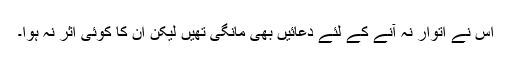
اس نے اتوار نہ آنے کے لئے دعائیں بھی مانگی تھیں لیکن ان کا کوئی اثر نہ ہوا۔